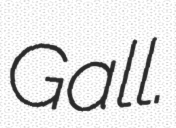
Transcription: Gall.